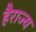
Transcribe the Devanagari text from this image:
हैराज्य